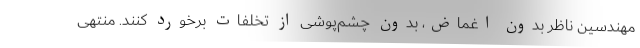
مهندسین ناظر بدون اغماض، بدون چشم‌پوشی از تخلفات برخورد کنند. منتهی